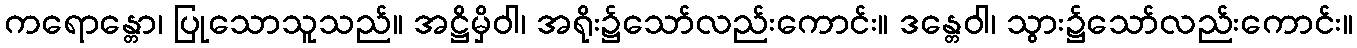
ကရောန္တော၊ ပြုသောသူသည်။ အဋ္ဌိမှိဝါ၊ အရိုး၌သော်လည်းကောင်း။ ဒန္တေဝါ၊ သွား၌သော်လည်းကောင်း။